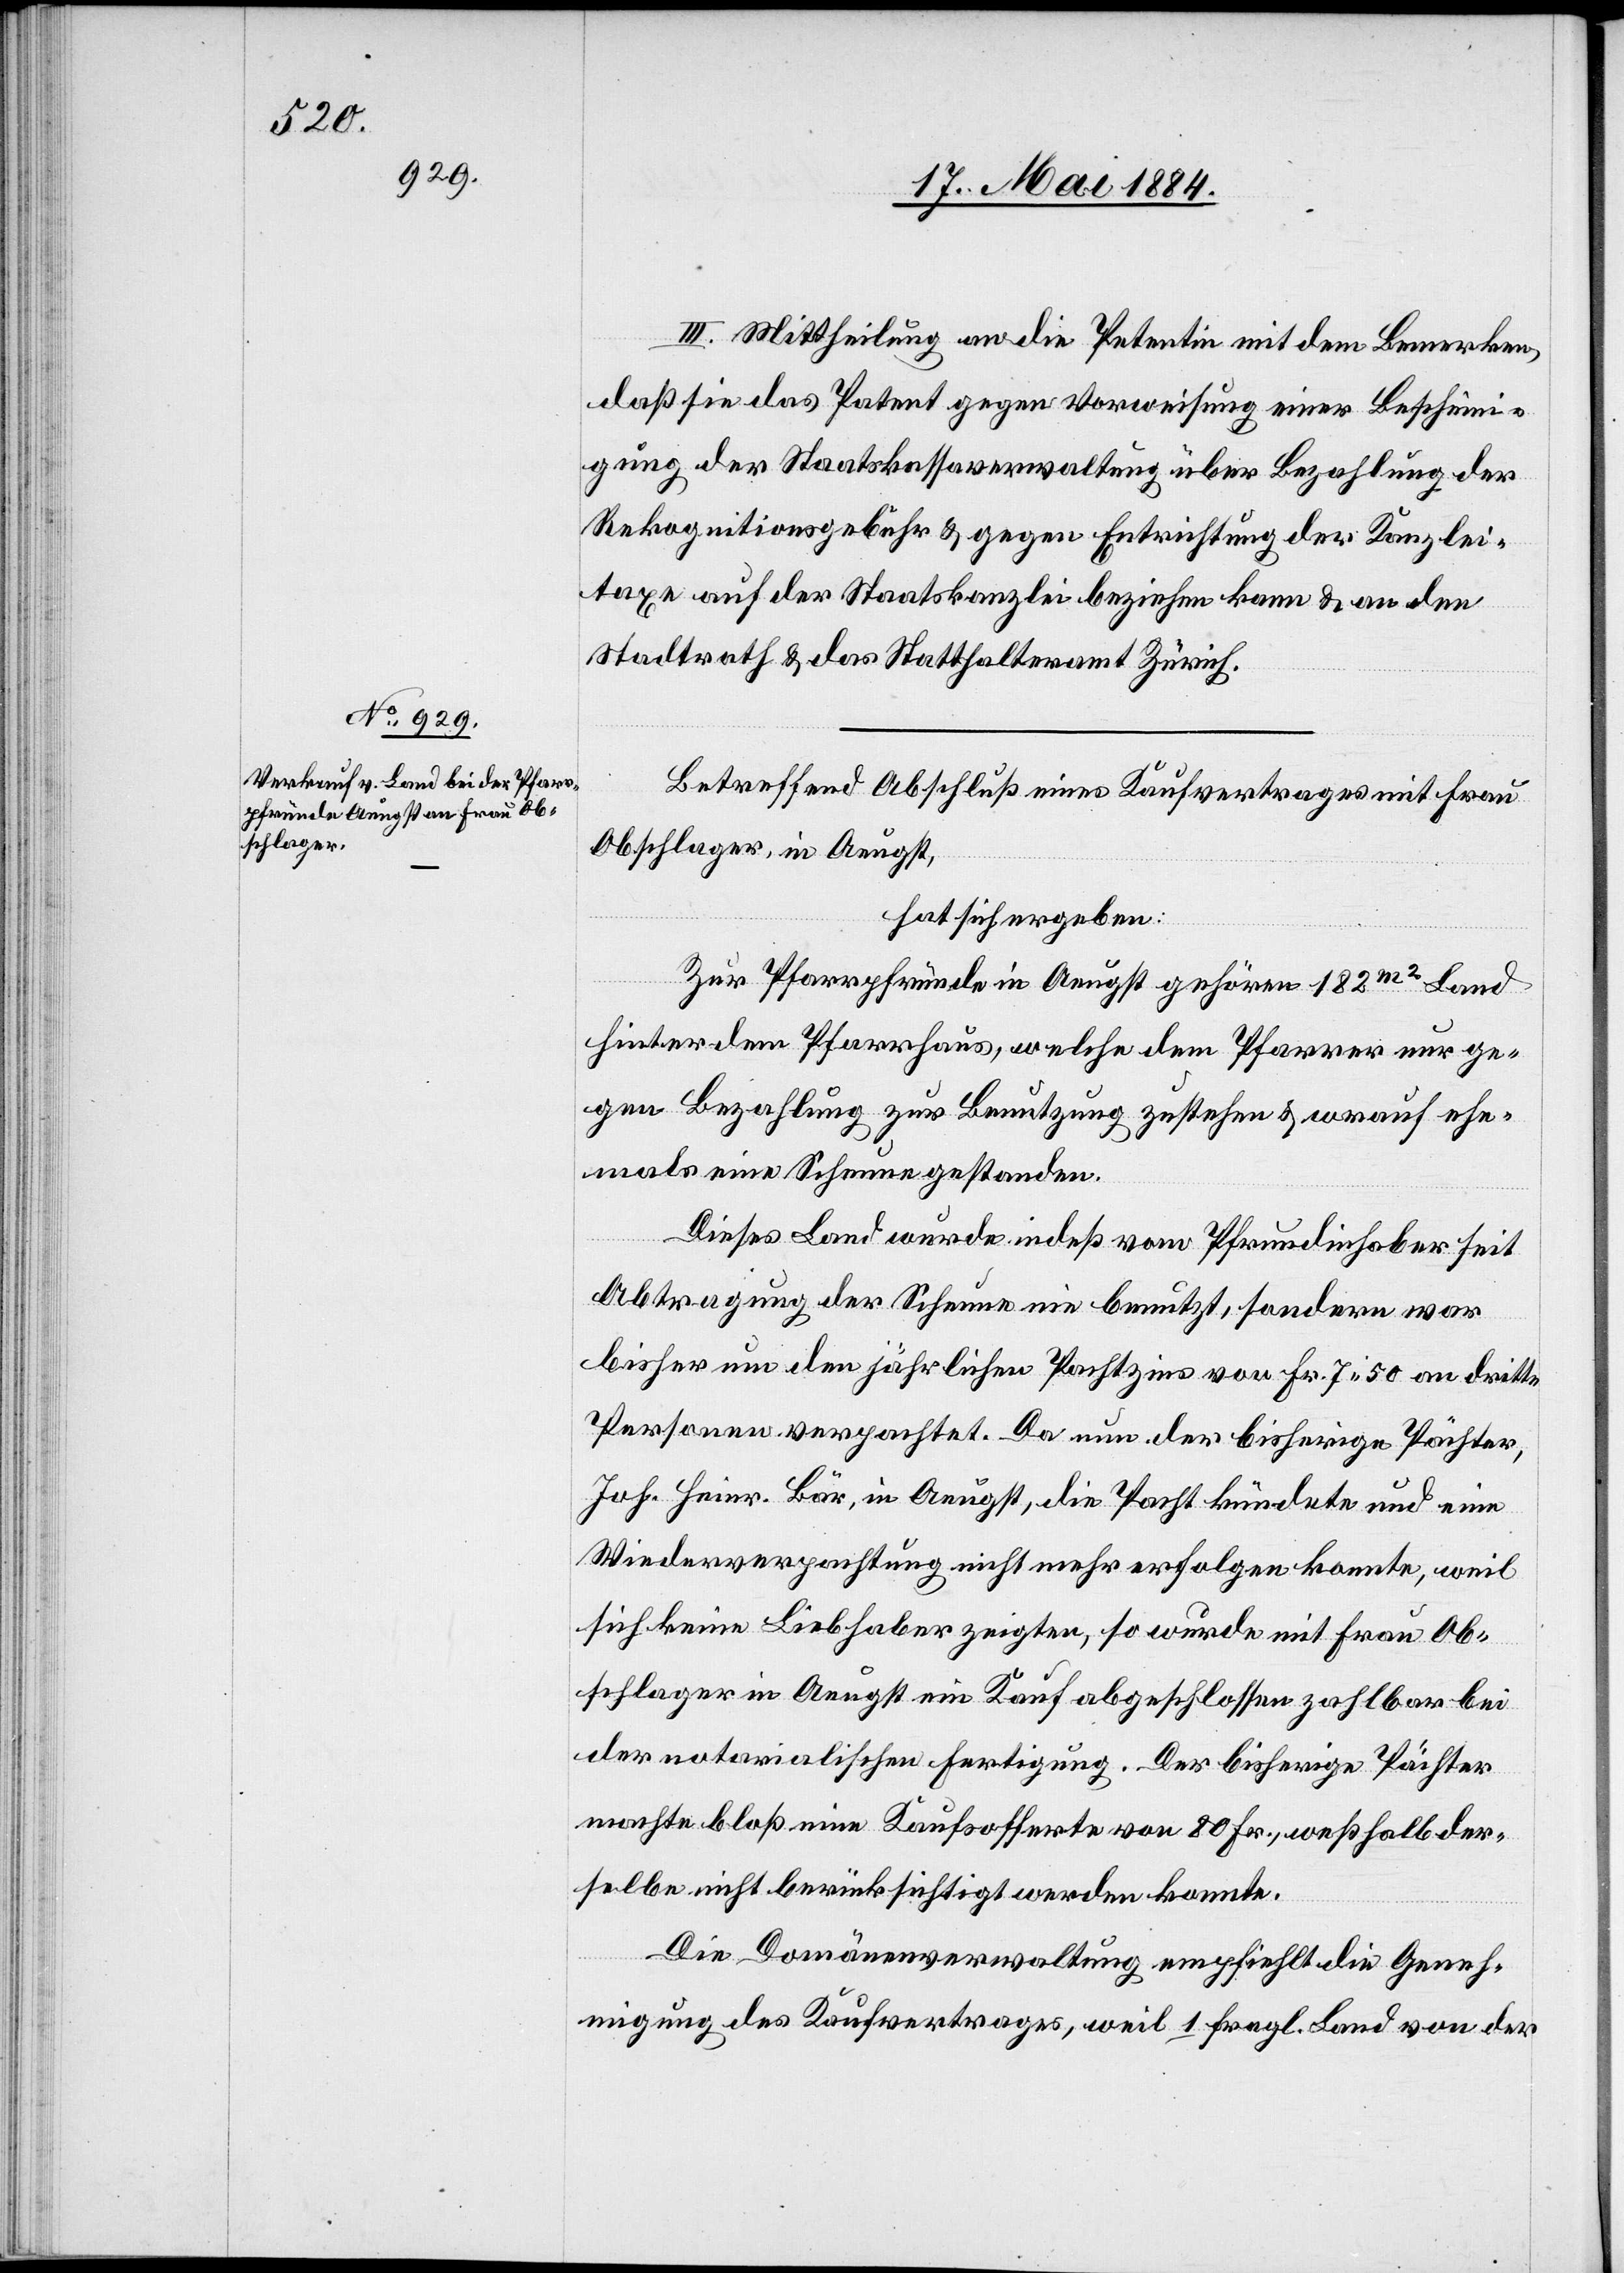
II. Mittheilung an die Petentin mit dem Bemerken,
daß sie das Patent gegen Vorweisung einer Bescheini¬
gung der Staatskassaverwaltung über Bezahlung der
Rekognitionsgebühr & gegen Entrichtung der Kanzlei¬
taxe auf der Staatskanzlei beziehen kann & an den
Stadtrath & das Statthalteramt Zürich.
Betreffend Abschluß eines Kaufvertrages mit Frau
Obschlager, in Aeugst,
hat sich ergeben:
Zur Pfarrpfründe in Aeugst gehören 182m2 Land
hinter dem Pfarrhaus, welche dem Pfarrer nur ge¬
gen Bezahlung zur Benutzung zustehen & w[o]rauf ehe¬
mals eine Scheune gestanden.
Dieses Land wurde indeß vom Pfrundinhaber seit
Abtragung der Scheune nie benutzt, sondern war
bisher um den jährlichen Pachtzins von Fr. 7 50 an dritte
Personen verpachtet. Da nun der bisherige Pächter,
Joh. Heinr. Bär, in Aeugst, die Pacht kündete und eine
Wiederverpachtung nicht mehr erfolgen konnte, weil
sich keine Liebhaber zeigten, so wurde mit Frau Ob¬
schlager in Aeugst ein Kauf abgeschlossen zahlbar bei
der notarialischen Fertigung. Der bisherige Pächter
macht bloß eine Kaufsofferte von 80 Fr., weßhalb der¬
selbe nicht berücksichtigt werden konnte.
Die Domäneverwaltung empfiehlt die Geneh¬
migung des Kaufvertrages, weil 1 fragl. Land von der